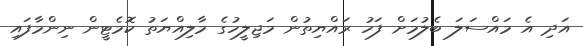
އަދި އެ މައްސަލަ ބެލުމަށް ފަހު ރައްޔިތުން މަޖިލީހުގެ މާލިއްޔަތު ކޮމެޓީން ނިންމާފައި